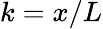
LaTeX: k=x/L